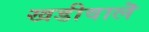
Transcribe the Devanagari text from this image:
खडीवालॆ